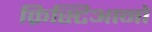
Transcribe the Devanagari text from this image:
क्रिस्टिआनो